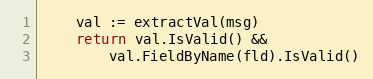
Language: Go
	val := extractVal(msg)
	return val.IsValid() &&
		val.FieldByName(fld).IsValid()